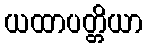
ယထာပတ္တိယာ